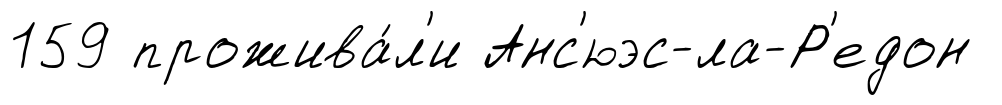
159 прожива́л'и Анс'юэс-ла-Р'едон